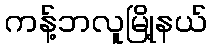
ကန့်ဘလူမြို့နယ်